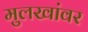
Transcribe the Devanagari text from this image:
मुलखांवर